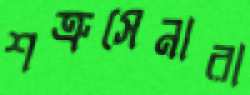
শত্রুসেনারা